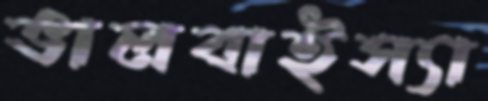
ভালবাইস্যা